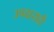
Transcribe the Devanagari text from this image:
उपवासही